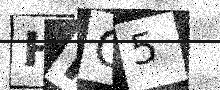
Text: HIG5